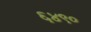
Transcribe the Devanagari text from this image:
६४९०